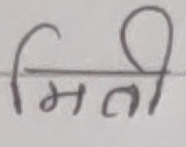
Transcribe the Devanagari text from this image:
मिति